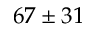
6 7 \pm 3 1